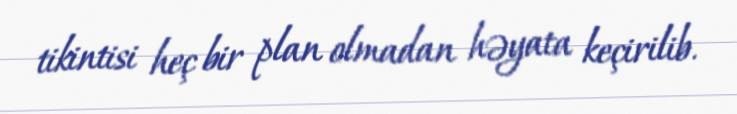
tikintisi heç bir plan olmadan həyata keçirilib.